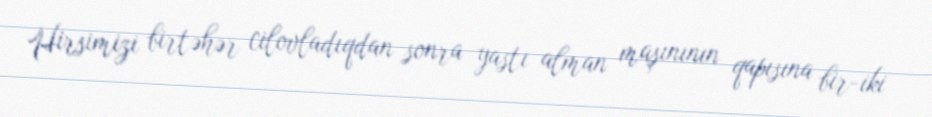
Hirsimizi birtəhər cilovladıqdan sonra yastı alman maşınının qapısına bir-iki